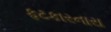
ફટકારનારા